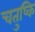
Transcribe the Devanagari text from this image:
चतुष्कि